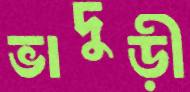
ভাদুড়ী